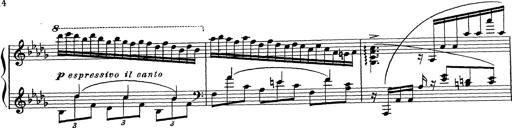
Title: Ballade No.1
Composer: Richard St. Clair